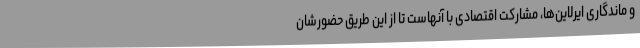
و ماندگاری ایرلاین‌ها، مشارکت اقتصادی با آنهاست تا از این طریق حضورشان